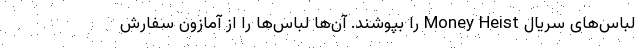
لباس‌های سریال Money Heist را بپوشند. آن‌ها لباس‌ها را از آمازون سفارش